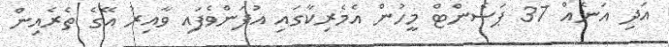
އަދި އަނެއް 37 ޕަސެންޓް މީހުން އެމެރިކާގައި އުފަންވެފައި ވާއިރު އޭގެ ތެރެއިން